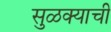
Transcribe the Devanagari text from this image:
सुळक्याची